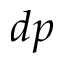
d p